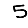
Digit: 5